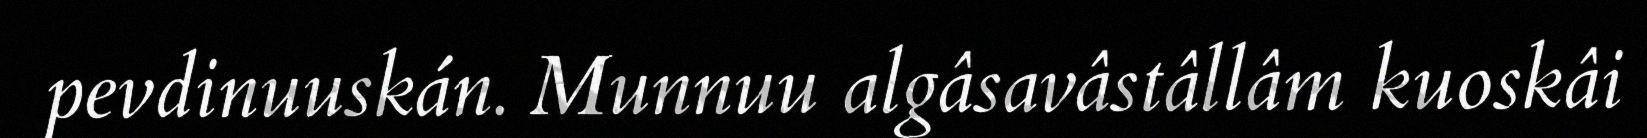
pevdinuuskán. Munnuu algâsavâstâllâm kuoskâi